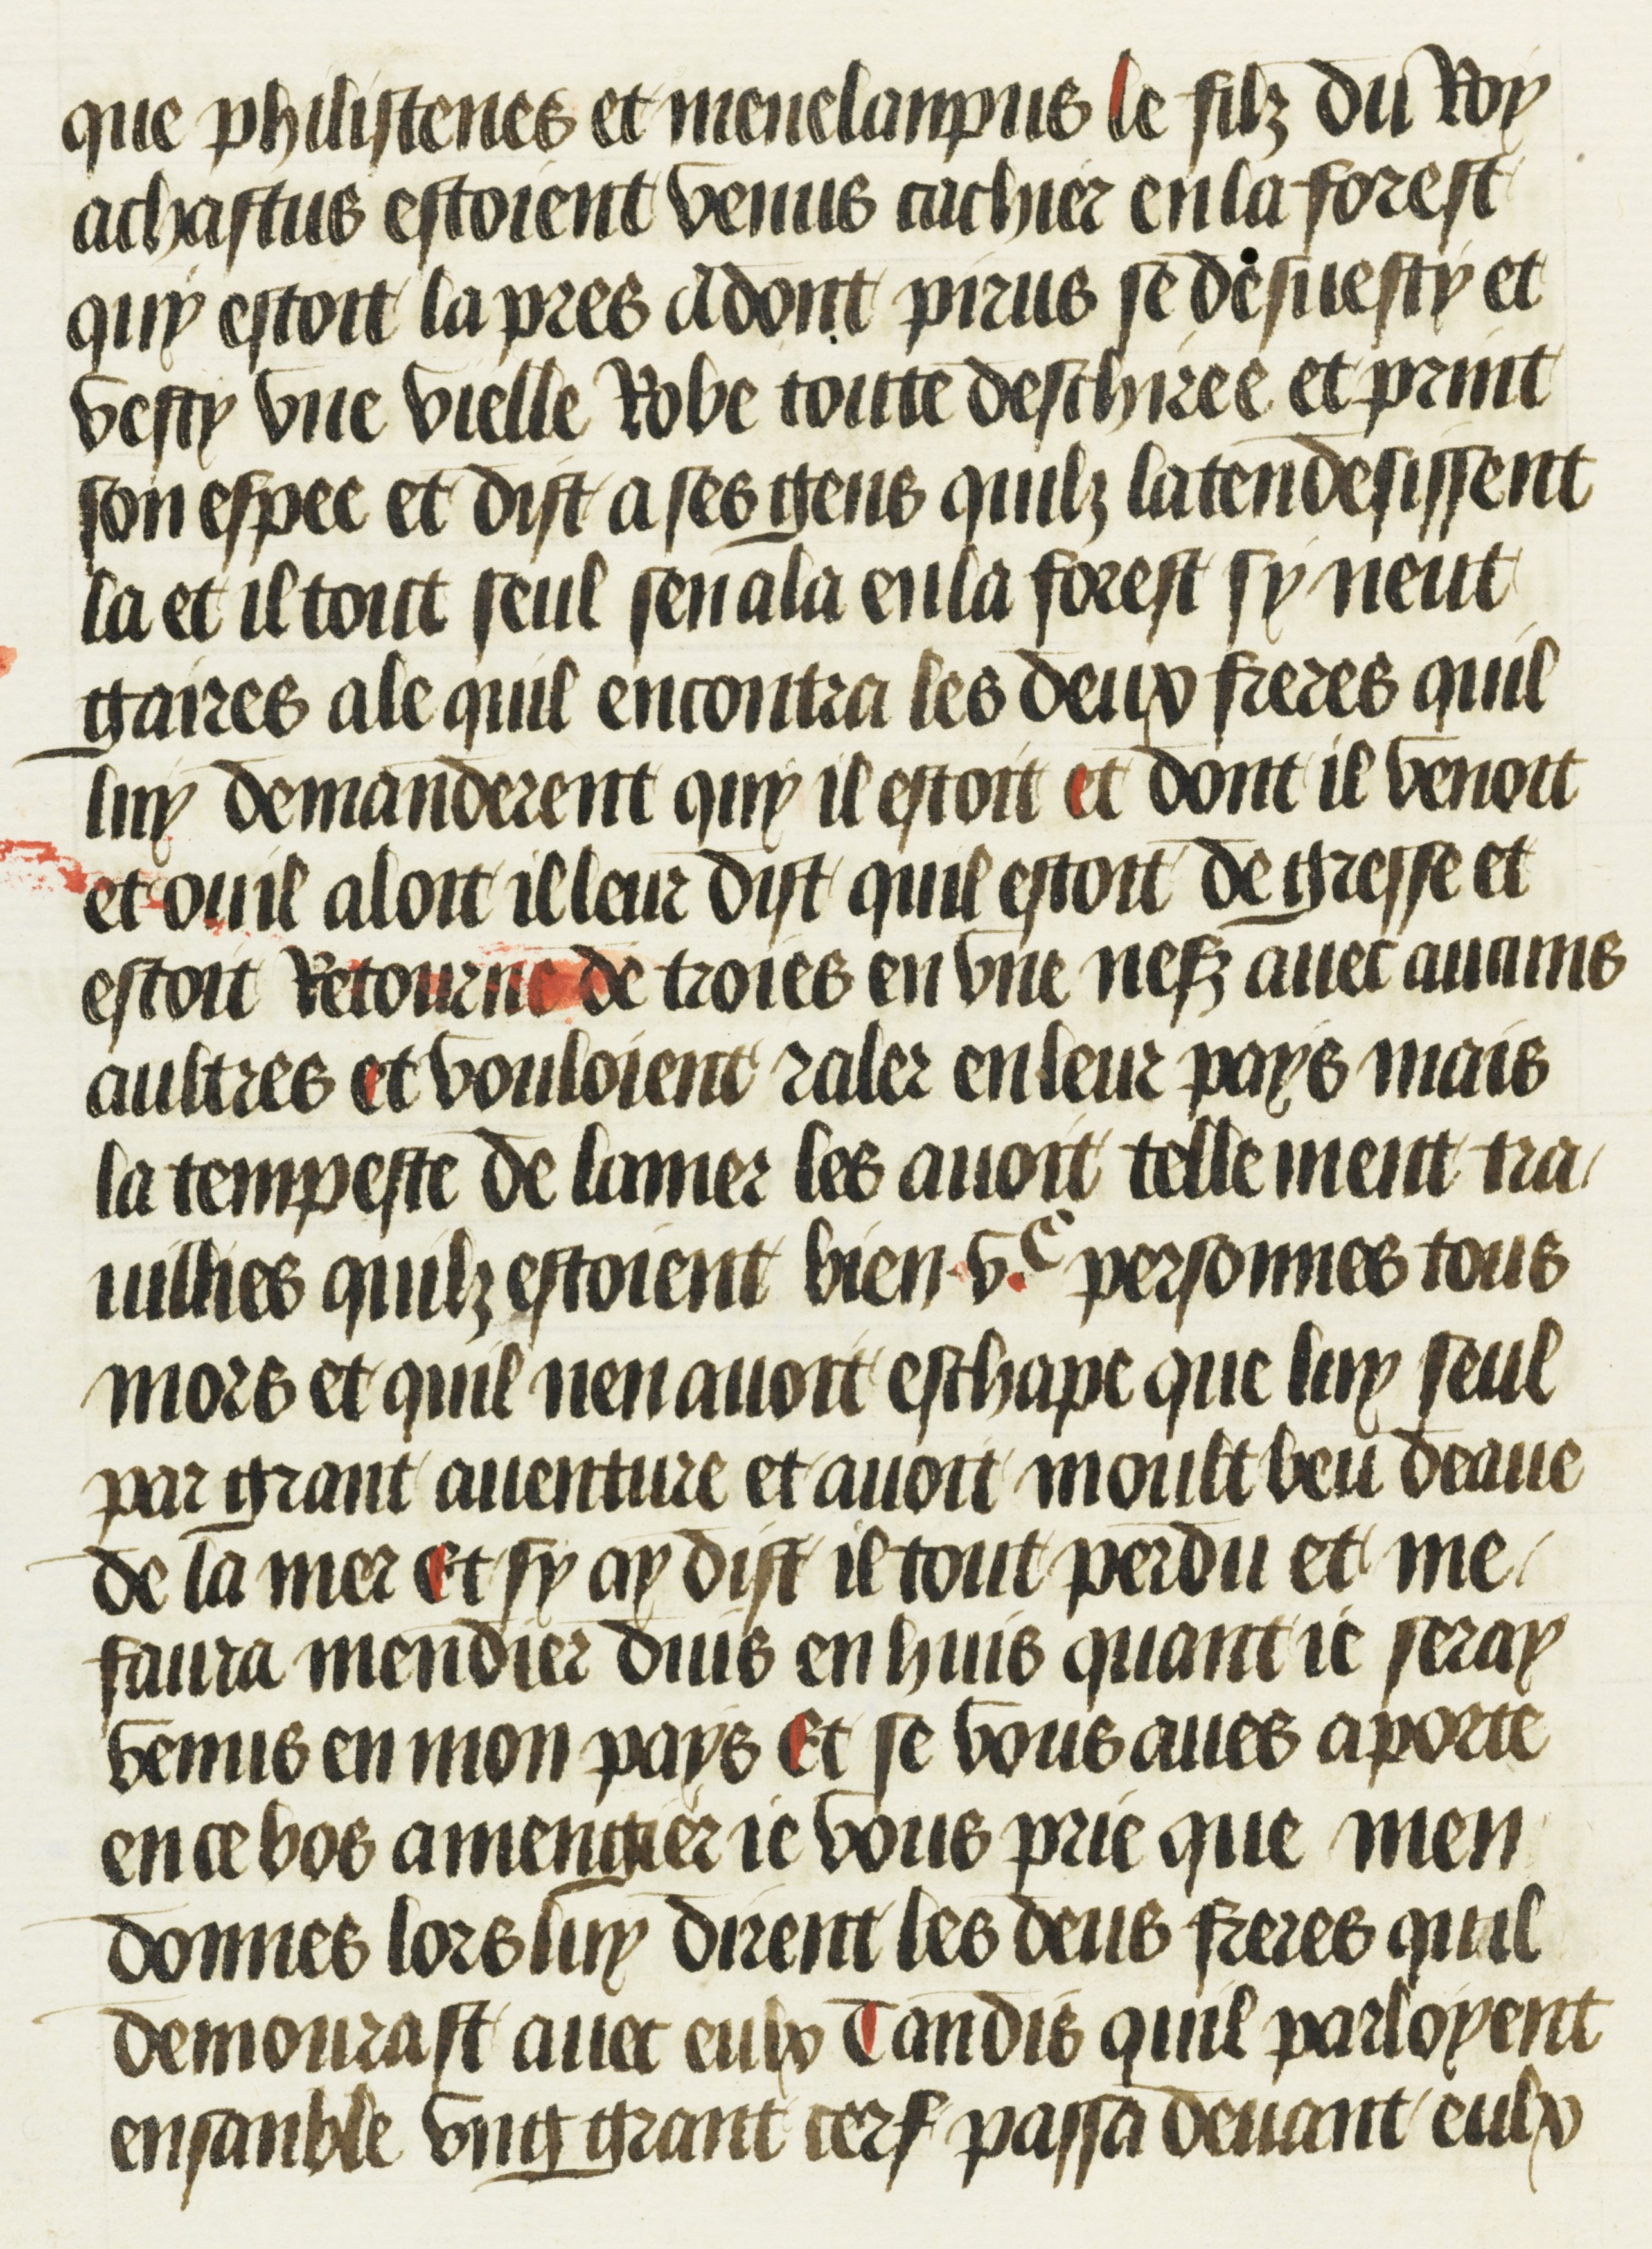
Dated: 1469–1469